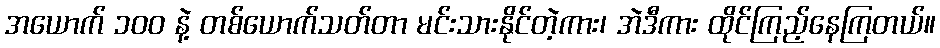
အယောက် ၁၀၀ နဲ့ တစ်ယောက်သတ်တာ မင်းသားနိုင်တဲ့ကား၊ အဲဒီကား ထိုင်ကြည့်နေကြတယ်။